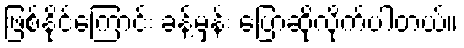
ဖြစ်နိုင်ကြောင်း ခန့်မှန်း ပြောဆိုလိုက်ပါတယ်။